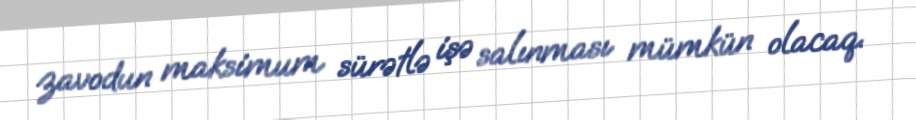
zavodun maksimum sürətlə işə salınması mümkün olacaq.